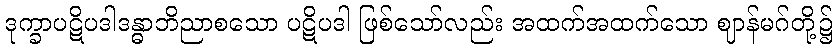
ဒုက္ခာပဋိပဒါဒန္ဓာဘိညာစသော ပဋိပဒါ ဖြစ်သော်လည်း အထက်အထက်သော ဈာန်မဂ်တို့၌